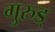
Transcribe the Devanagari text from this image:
गुरुड्